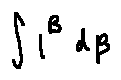
\int l ^ { B } d \beta